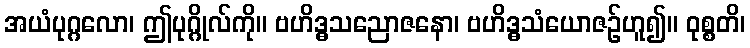
အယံပုဂ္ဂလော၊ ဤပုဂ္ဂိုလ်ကို။ ဗဟိဒ္ဓသညောဇနော၊ ဗဟိဒ္ဓသံယောဇဉ်ဟူ၍။ ဝုစ္စတိ၊